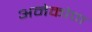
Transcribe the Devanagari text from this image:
अनेकोण